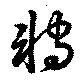
轉